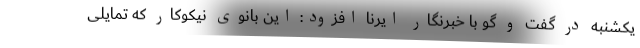
یکشنبه در گفت و گو با خبرنگار ایرنا افزود: این بانوی نیکوکار که تمایلی